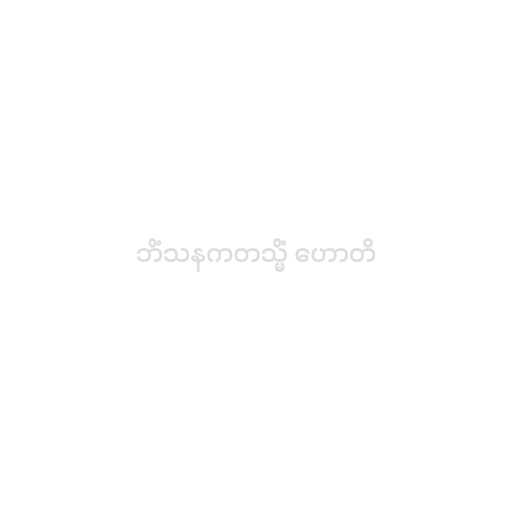
ဘိံသနကတသ္မိံ ဟောတိ